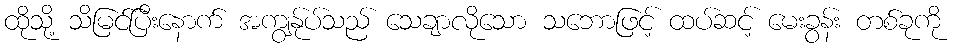
ထိုသို့ သိမြင်ပြီးနောက် အကျွန်ုပ်သည် သေချာလိုသော သဘောဖြင့် ထပ်ဆင့် မေးခွန်း တစ်ခုကို